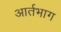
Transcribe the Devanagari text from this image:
आर्तभाग